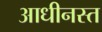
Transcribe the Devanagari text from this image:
आधीनस्त